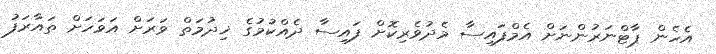
އެހެން ޕާޓްނަރުންނަށް އެމްފައިސާ މެދުވެރިކޮށް ފައިސާ ދެއްކުމުގެ ޚިދުމަތް ވަރަށް އަވަހަށް ތައާރަފު